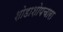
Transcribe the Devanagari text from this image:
शोडाशोपचारा